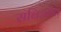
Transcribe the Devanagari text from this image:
सबिओत